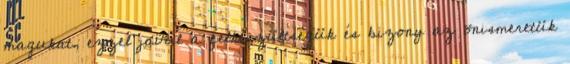
magukat, ezzel javul a felkészültségük és bizony az önismeretük